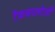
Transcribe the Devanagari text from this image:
टैकनालोजी